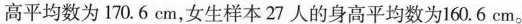
高平均数为170.6cm，女生样本27人的身高平均数为160.6cm。